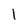
Character: 1